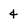
Character: 4